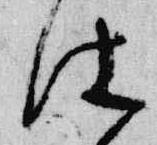
仕